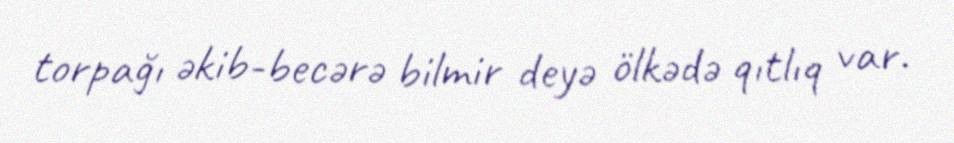
torpağı əkib-becərə bilmir deyə ölkədə qıtlıq var.